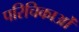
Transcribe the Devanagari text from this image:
परिचिकाओं